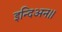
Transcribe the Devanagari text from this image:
इन्दिअन॥